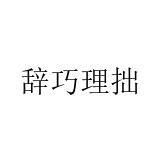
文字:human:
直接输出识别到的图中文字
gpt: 辞巧理拙